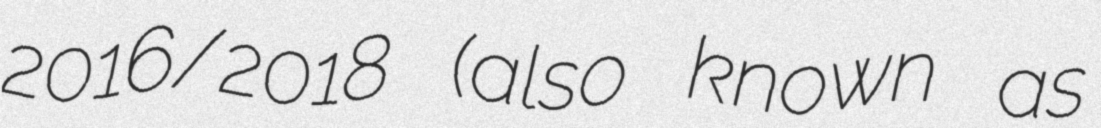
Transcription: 2016/2018 (also known as